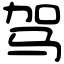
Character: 驾